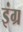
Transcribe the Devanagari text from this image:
इंग्र